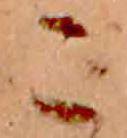
こ